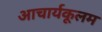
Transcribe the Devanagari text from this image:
आचार्यकूलम